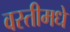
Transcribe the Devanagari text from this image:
वस्तीमधे